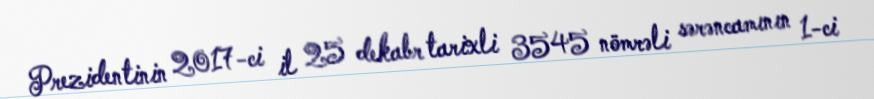
Prezidentinin 2017-ci il 25 dekabr tarixli 3545 nömrəli sərəncamının 1-ci